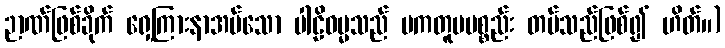
ဉာဏ်ဖြစ်ခိုက် ရှေ့ကြားနာအပ်သော ပါဠိဓမ္မသည် ပကတူပပစ္စည်း တပ်သည်ဖြစ်၍ ဟိတ်။)